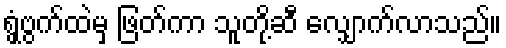
ရွှံ့ဗွက်ထဲမှ ဖြတ်ကာ သူတို့ဆီ လျှောက်လာသည်။